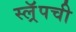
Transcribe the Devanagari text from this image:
स्ल्रॅपची